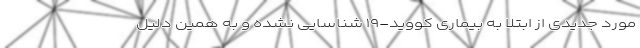
مورد جدیدی از ابتلا به بیماری کووید-۱۹ شناسایی نشده و به همین دلیل